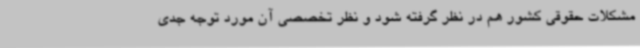
مشکلات حقوقی کشور هم در نظر گرفته شود و نظر تخصصی آن مورد توجه جدی